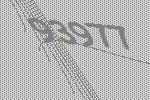
93977